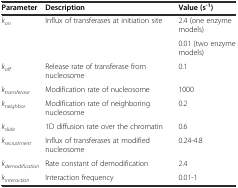
| Parameter | Description | Value (s-1) |
 | --- | --- | --- |
 | <ROWSPAN=2> kon | <ROWSPAN=2> Influx of transferases at initiation site | 2.4 (one enzyme models) |
 | 0.01 (two enzyme models) |
 | koff | Release rate of transferase from nucleosome | 0.1 |
 | ktransferase | Modification rate of nucleosome | 1000 |
 | kneighbor | Modification rate of neighboring nucleosome | 0.2 |
 | kslide | 1D diffusion rate over the chromatin | 0.6 |
 | krecruitment | Influx of transferases at modified nucleosome | 0.24-4.8 |
 | kdemodification | Rate constant of demodification | 2.4 |
 | kinteraction | Interaction frequency | 0.01-1 |